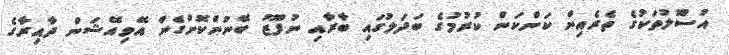
އުސޫލުތަކުގެ ތެރެއިން ކަންކަން ކުރުމުގެ ބަދަލުގައި ބާރާއި ނުފޫޒު ބޭނުންކޮށްގެން އޭވިއޭޝަން ދާއިރާގެ